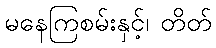
မနေကြစမ်းနှင့်၊ တိတ်